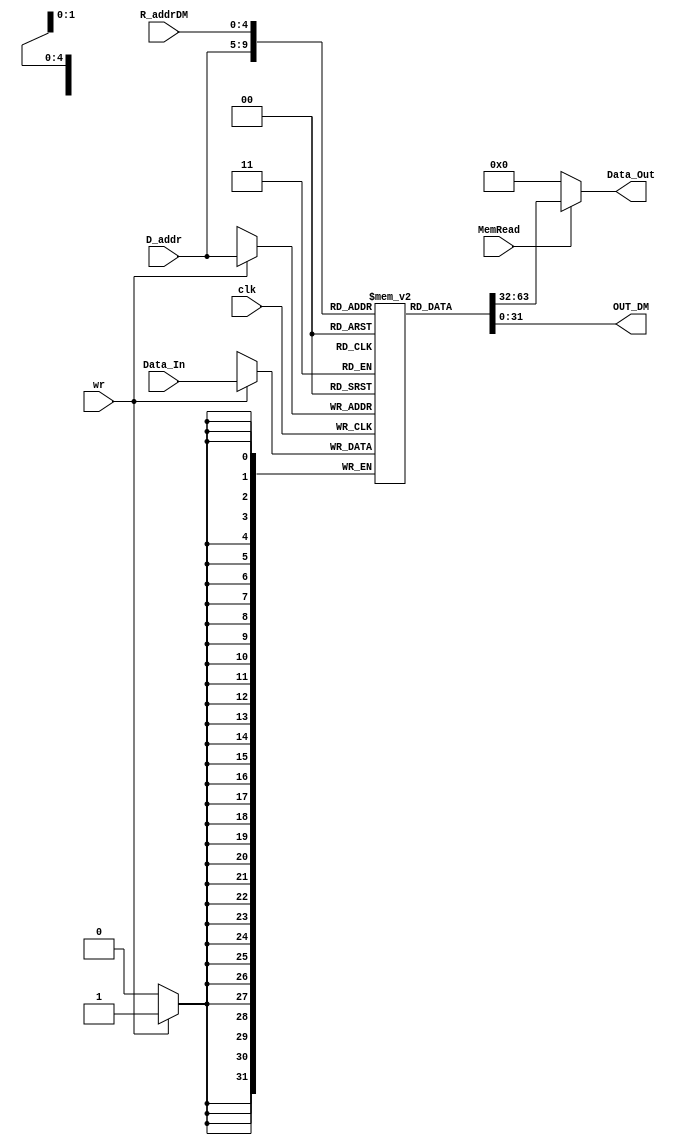
`timescale 1ns / 1ps
//////////////////////////////////////////////////////////////////////////////////
// Company: 
// Engineer: 
// 
// Design Name: 
// Module Name:    MEMORY 
// Project Name: 
// Target Devices: 
// Tool versions: 
// Description: 
//
// Dependencies: 
//
// Revision: 
// Revision 0.01 - File Created
// Additional Comments: 
//
//////////////////////////////////////////////////////////////////////////////////
module MEMORY(Data_Out,Data_In,D_addr,wr,MemRead,clk,R_addrDM,OUT_DM);

	output [31:0] Data_Out,OUT_DM;
	input clk,wr,MemRead;
	input [31:0] Data_In;
	input [4:0] D_addr,R_addrDM;
	reg [31:0] Memory [31:0];
	
	initial 
	begin
	Memory [0]=32'h00812020;
	Memory [1]=32'h00812020;
	Memory [2]=32'h00812022;
	Memory [3]=32'h08000000;
	end
	
	assign Data_Out = MemRead ? Memory[D_addr] : 0 ;
	assign OUT_DM = Memory[R_addrDM];
	
	always @(posedge clk)
	begin
		if(wr)
		   Memory[D_addr]<=Data_In;
	end

endmodule